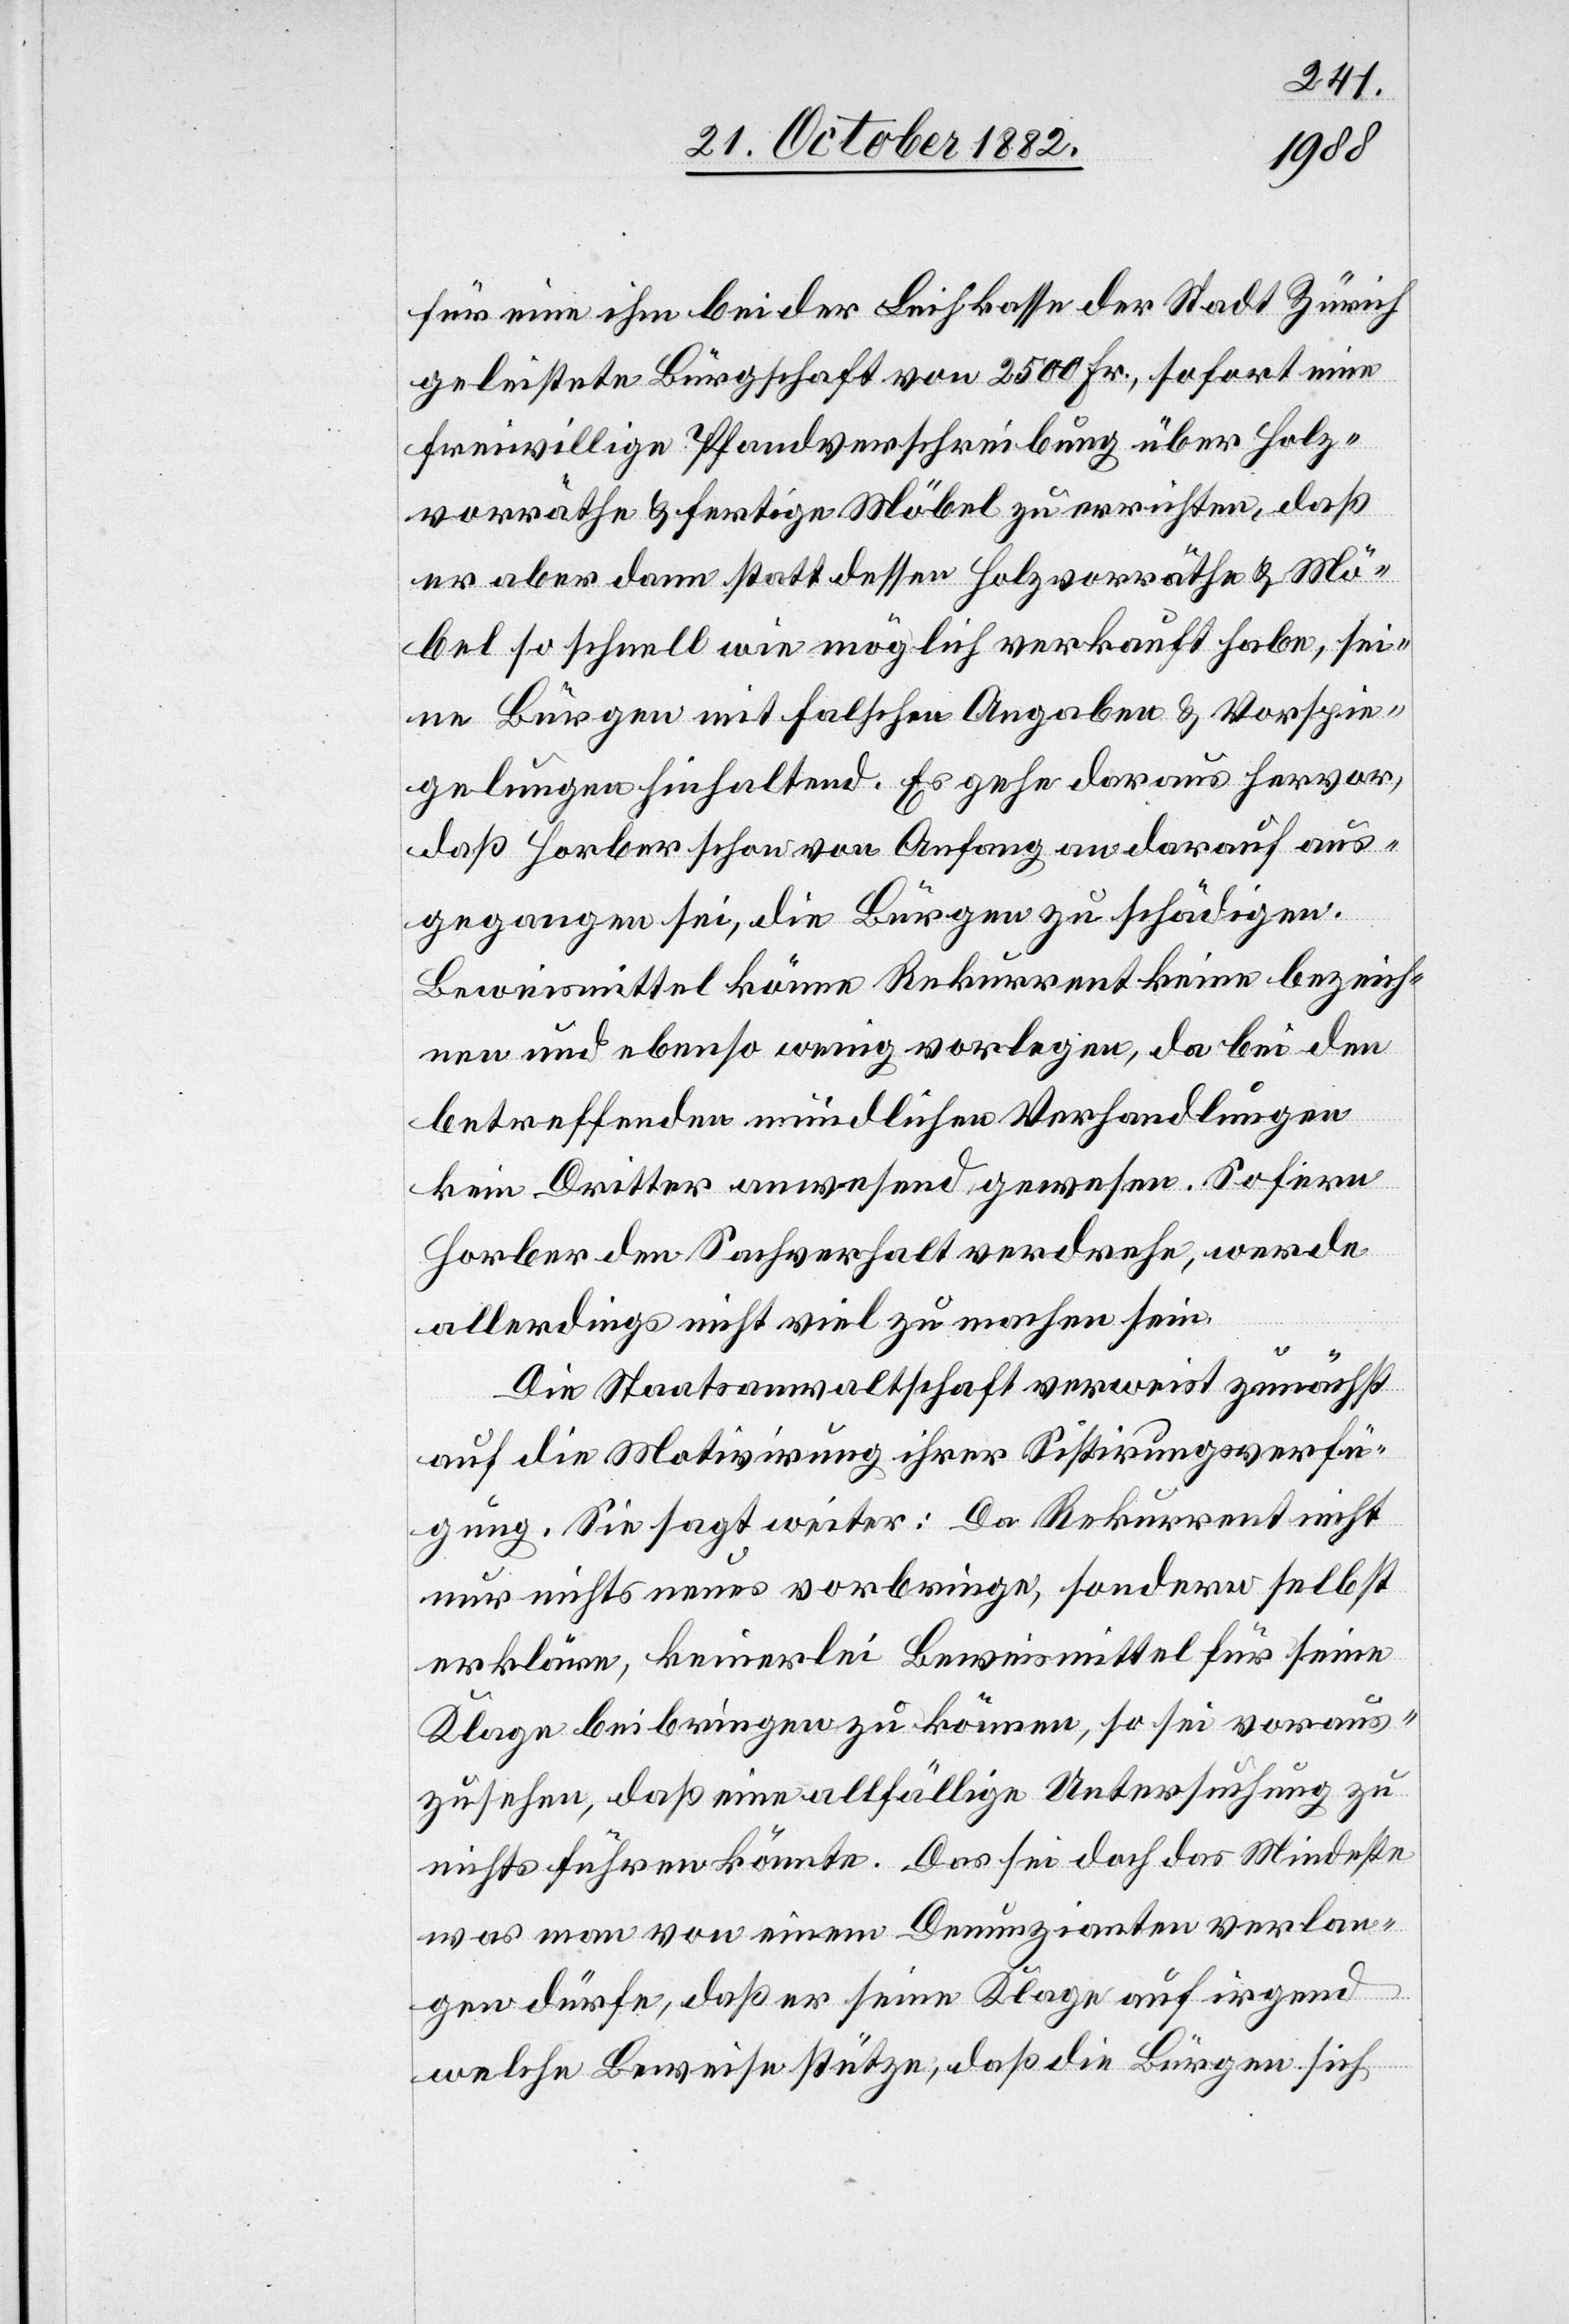
für eine ihm bei der Leihkasse der Stadt Zürich
geleistete Bürgschaft von 2500 Fr., sofort eine
freiwillige Pfandverschreibung über Holz¬
vorräthe & fertige Möbel zu errichten, daß
er aber dann statt dessen Holzvorräthe & Mö¬
bel so schnell wie möglich verkauft habe, sei¬
ne Bürgen mit falschen Angaben & Vorspie¬
gelungen hinhaltend. Es gehe daraus hervor,
daß Horber schon von Anfang an darauf aus¬
gegangen sei, die Bürgen zu schädigen.
Beweismittel könne Rekurrent keine bezeich¬
nen und ebenso wenig vorlegen, da bei den
betreffenden mündlichen Verhandlungen
kein Dritter anwesend gewesen. Sofern
Horber den Sachverhalt verdrehe, werde
allerdings nicht viel zu machen sein.
Die Staatsanwaltschaft verweist zunächst
auf die Motivirung ihrer Sistirungsverfü¬
gung. Sie sagt weiter: Da Rekurrent nicht
nur nichts neues vorbringe, sondern selbst
erkläre, keinerlei Beweismittel für seine
Klage beibringen zu können, so sei voraus¬
zusehen, daß eine allfällige Untersuchung zu
nichts führen könnte. Das sei doch das Mindeste
was man von einem Denunzianten verlan¬
gen dürfe, daß er seine Klage auf irgend
welche Beweise stütze, daß die Bürgen sich